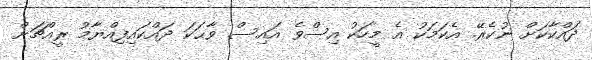
ދައްކާކަށް ނުކެރޭ. އެކަމަކު އެ މީހަކު އިސްވެ އައިސް ވާޙަކަ ދައްކައިފިއްޔާމު ރީއްޗަށް